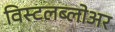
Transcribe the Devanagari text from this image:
विस्टलब्लोअर